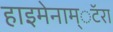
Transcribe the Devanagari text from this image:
हाइमेनाम्‌ॅटरा